Problem: 12 × 11 = ?
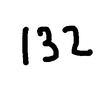
Handwritten answer: 132